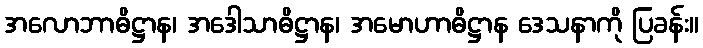
အလောဘာဓိဋ္ဌာန၊ အဒေါသာဓိဋ္ဌာန၊ အမောဟာဓိဋ္ဌာန ဒေသနာကို ပြခန်း။